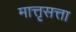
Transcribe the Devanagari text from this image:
मात्तृसत्ता